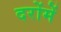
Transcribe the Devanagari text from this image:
दरोंमें